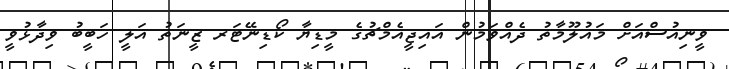
ވީނިއުސްއަށް މައުލޫމާތު ދެއްވަމުން އައިޖީއެމްޗުގެ މީޑިޔާ ކޯޑިނޭޓަރ ޒީނަތު އަލީ ހަބީބު ވިދާޅުވީ